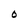
Character: O